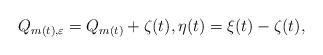
LaTeX: \begin{align*} Q_{m(t), \varepsilon} = Q_{m(t)} + \zeta(t), \eta(t) = \xi(t) - \zeta(t),\end{align*}